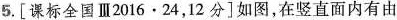
5.[课标全国Ⅲ2016.24，12分]如图，在竖直面内有由